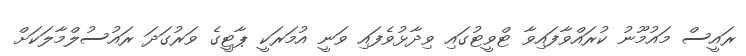
ރައީސް މައުމޫނު ކުރައްވާފައިވާ ޓްވީޓުގައި ވިދާޅުވެފައި ވަނީ އުމަރަކީ ޕާޓީގެ ވަރުގަދަ ރައުސުލްމާލަކަށް